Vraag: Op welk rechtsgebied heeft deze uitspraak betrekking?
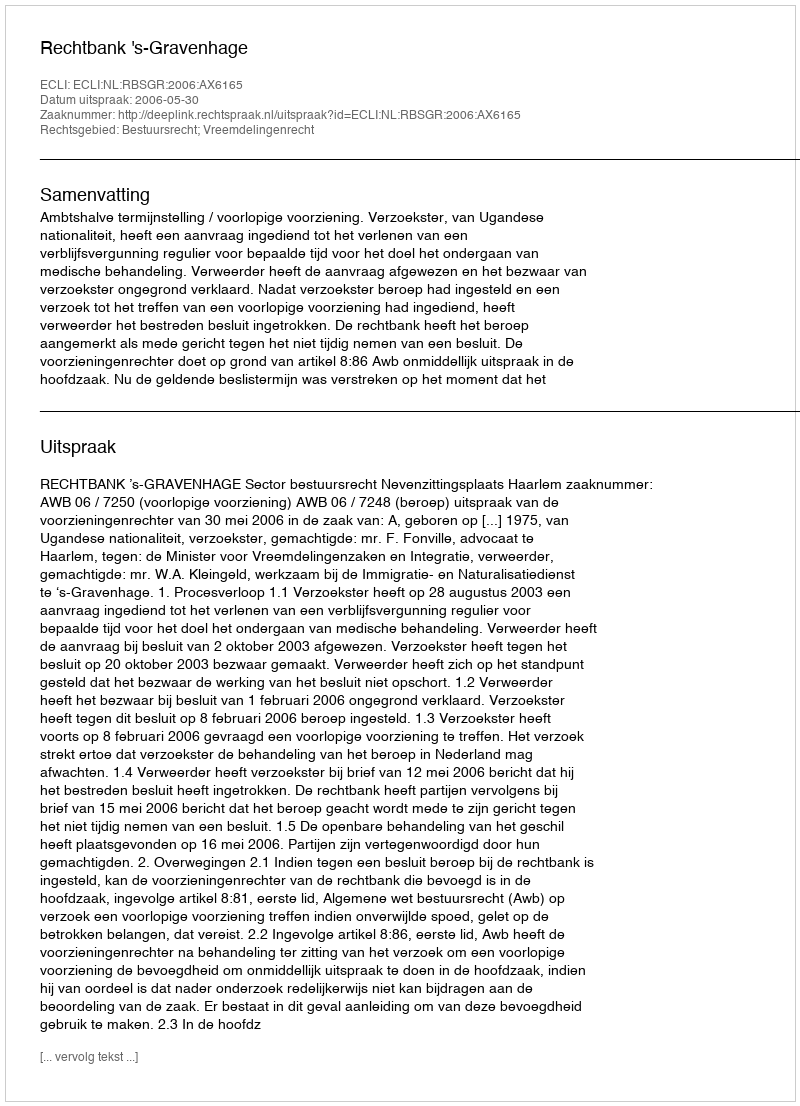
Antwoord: Bestuursrecht; Vreemdelingenrecht